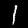
Digit: 1